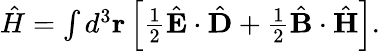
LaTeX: \begin{array}{r}{\hat{H}=\int d^{3}{\mathbf r}\left[\frac{1}{2}\hat{{\mathbf E}}\cdot\hat{{\mathbf D}}+\frac{1}{2}\hat{{\mathbf B}}\cdot\hat{{\mathbf H}}\right].}\end{array}